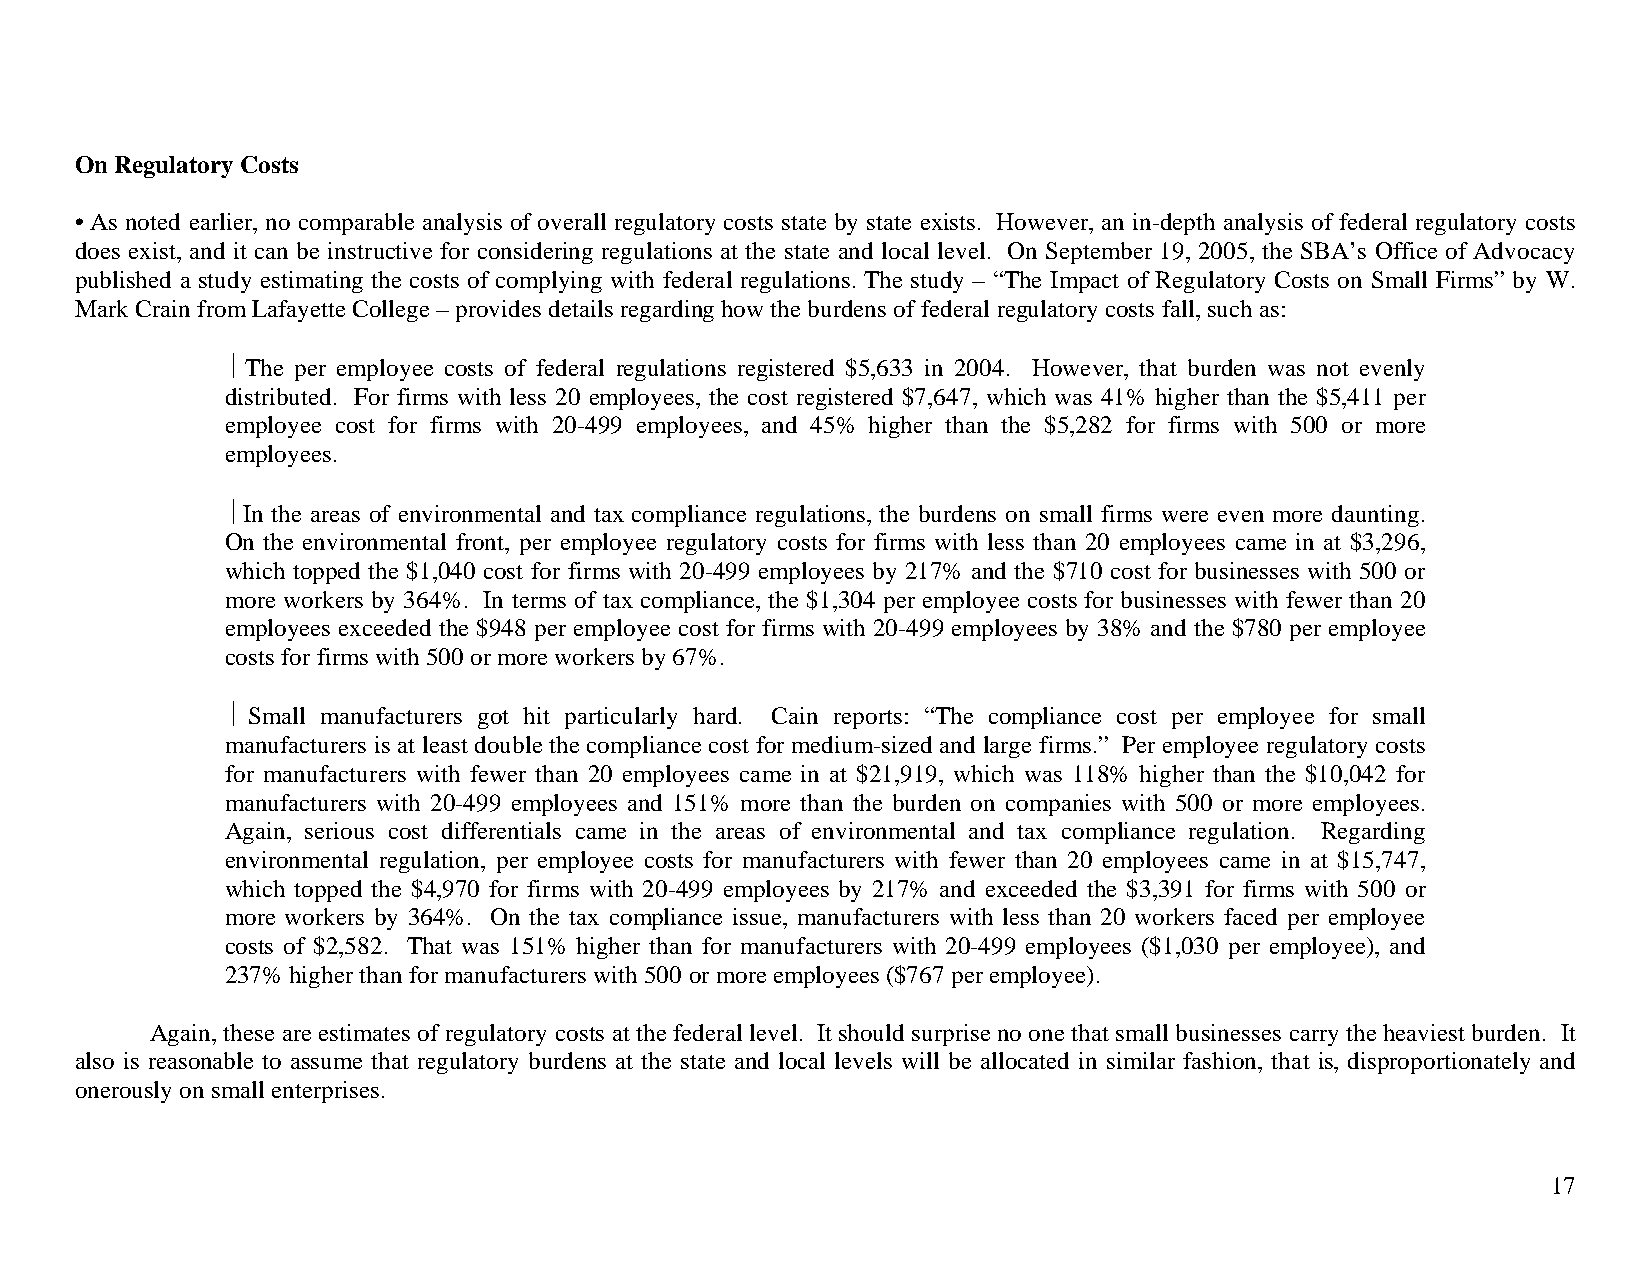
On Regulatory Costs
 • As noted earlier, no comparable analysis of overall regulatory costs state by state exists. However, an in-depth analysis of federal regulatory costs
 does exist, and it can be instructive for considering regulations at the state and local level. On September 19, 2005, the SBA’s Office of Advocacy
 published a study estimating the costs of complying with federal regulations. The study – “The Impact of Regulatory Costs on Small Firms” by W.
 Mark Crain from Lafayette College – provides details regarding how the burdens of federal regulatory costs fall, such as:
 ⎥ The per employee costs of federal regulations registered $5,633 in 2004. However, that burden was not evenly
 distributed. For firms with less 20 employees, the cost registered $7,647, which was 41% higher than the $5,411 per
 employee cost for firms with 20-499 employees, and 45% higher than the $5,282 for firms with 500 or more
 employees.
 ⎥ In the areas of environmental and tax compliance regulations, the burdens on small firms were even more daunting.
 On the environmental front, per employee regulatory costs for firms with less than 20 employees came in at $3,296,
 which topped the $1,040 cost for firms with 20-499 employees by 217% and the $710 cost for businesses with 500 or
 more workers by 364%. In terms of tax compliance, the $1,304 per employee costs for businesses with fewer than 20
 employees exceeded the $948 per employee cost for firms with 20-499 employees by 38% and the $780 per employee
 costs for firms with 500 or more workers by 67%.
 ⎥ Small manufacturers got hit particularly hard. Cain reports: “The compliance cost per employee for small
 manufacturers is at least double the compliance cost for medium-sized and large firms.” Per employee regulatory costs
 for manufacturers with fewer than 20 employees came in at $21,919, which was 118% higher than the $10,042 for
 manufacturers with 20-499 employees and 151% more than the burden on companies with 500 or more employees.
 Again, serious cost differentials came in the areas of environmental and tax compliance regulation. Regarding
 environmental regulation, per employee costs for manufacturers with fewer than 20 employees came in at $15,747,
 which topped the $4,970 for firms with 20-499 employees by 217% and exceeded the $3,391 for firms with 500 or
 more workers by 364%. On the tax compliance issue, manufacturers with less than 20 workers faced per employee
 costs of $2,582. That was 151% higher than for manufacturers with 20-499 employees ($1,030 per employee), and
 237% higher than for manufacturers with 500 or more employees ($767 per employee).
 Again, these are estimates of regulatory costs at the federal level. It should surprise no one that small businesses carry the heaviest burden. It
 also is reasonable to assume that regulatory burdens at the state and local levels will be allocated in similar fashion, that is, disproportionately and
 onerously on small enterprises.
 17